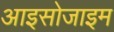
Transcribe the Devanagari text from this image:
आइसोजाइम